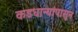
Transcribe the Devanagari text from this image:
कडधान्यांपासून